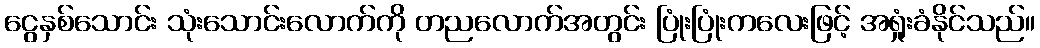
ငွေနှစ်သောင်း သုံးသောင်းလောက်ကို တညလောက်အတွင်း ပြုံးပြုံးကလေးဖြင့် အရှုံးခံနိုင်သည်။